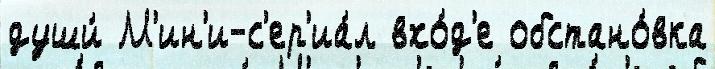
души́ М'ин'и-с'ер'иа́л вхо́д'е обстано́вка